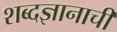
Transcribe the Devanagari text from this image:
शब्दज्ञानाची